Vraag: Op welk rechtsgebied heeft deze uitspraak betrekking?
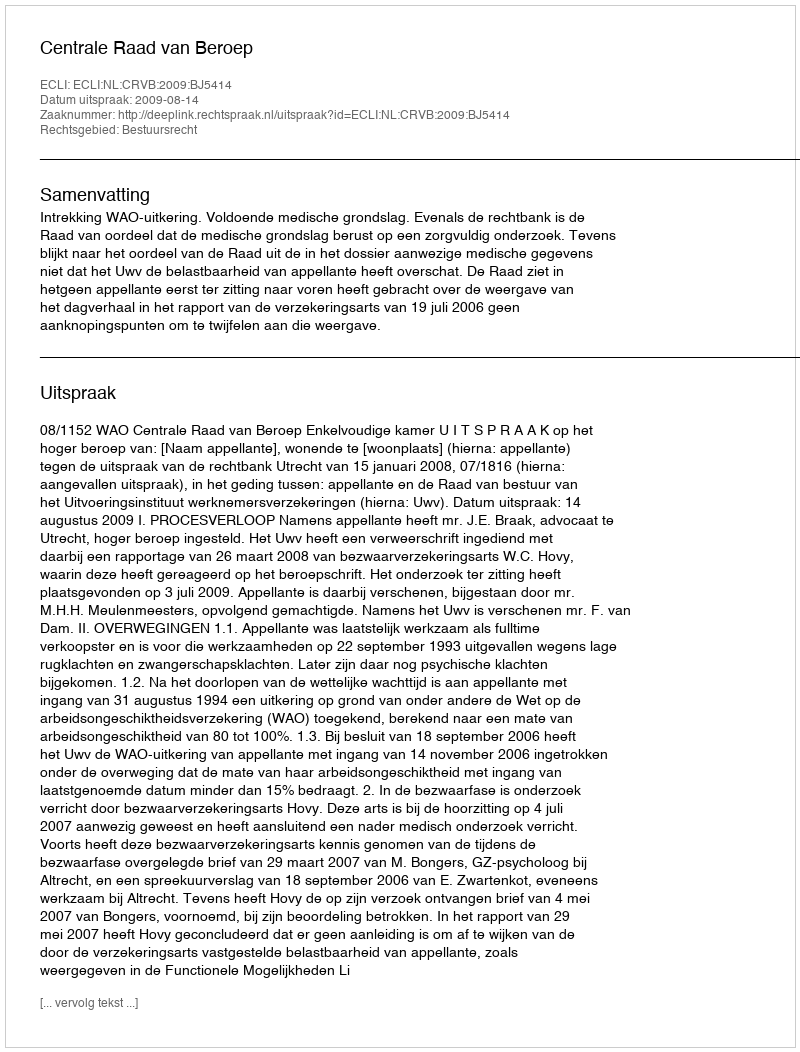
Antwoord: Bestuursrecht